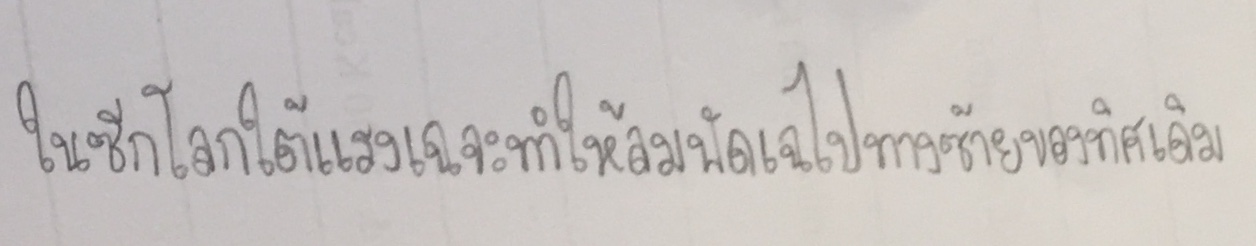
ในซีกโลกใต้แรงเฉจะทำให้ลมพัดเฉไปทางซ้ายของทิศเดิม